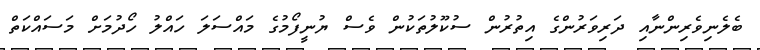
ބެލެނިވެރިންނާއި ދަރިވަރުންގެ އިތުރުން ސުކޫލުތަކުން ވެސް ޔުނީފޯމުގެ މައްސަލަ ހައްލު ހޯދުމަށް މަސައްކަތް